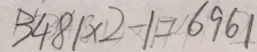
3 4 8 1 \times 2 - 1 = 6 9 6 1